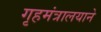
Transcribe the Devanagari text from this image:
गृहमंत्रालयाने